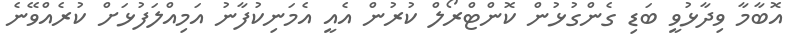
އޮބާމާ ވިދާޅުވީ ބަޑި ގެންގުޅުން ކޮންޓްރޯލް ކުރުން އެއީ އެމަނިކުފާނު އަމިއްލަފުޅަށް ކުރެއްވޭނެ